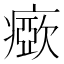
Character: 𤺘